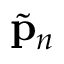
\tilde { { \bf p } } _ { n }